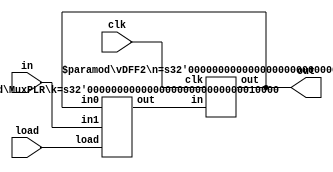
module pipelinereg(in,load,clk,out);
	input [15:0] in;
	input load,clk;
	output reg [15:0] out;
	wire [15:0] mxout,dffout;
	reg [15:0] dffin,mxin;

	MuxPLR #(16) Mux(mxin,in,load,mxout);
	vDFF2 #(16) DFF(clk,dffin,dffout);
	
	
	always@(*)begin
		dffin = mxout;
		mxin = dffout;
		out = dffout;
	end
endmodule


module vDFF2(clk, in, out) ;
	parameter n=1;
	input clk;
	input [n-1:0] in;
	output [n-1:0] out;
	reg [n-1:0] out;
	
	always @(posedge clk)
		out = in;
endmodule

module MuxPLR(in0,in1,load,out);
  	parameter k=1;
	input [k-1:0] in0,in1;
	input load;
	output reg[k-1:0] out;
	

	always @(*) begin
		case(load)
		 1'b0: out = in0;
		 1'b1: out = in1;
		 default: out = {k{1'bx}};
		endcase
	end
endmodule

module pipelinereg_status(in,load,clk,out);
	input in;
	input load,clk;
	output reg out;
	wire mxout,dffout;
	reg dffin,mxin;

	MuxPLR #(1) Mux(mxin,in,load,mxout);
	vDFF2 #(1) DFF(clk,dffin,dffout);
	
	
	always@(*)begin
		dffin = mxout;
		mxin = dffout;
		out = dffout;
	end
endmodule